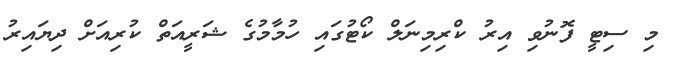
މި ސިޓީ ފޮނުވި އިރު ކްރިމިނަލް ކޯޓުގައި ހުމާމުގެ ޝަރީއަތް ކުރިއަށް ދިޔައިރު